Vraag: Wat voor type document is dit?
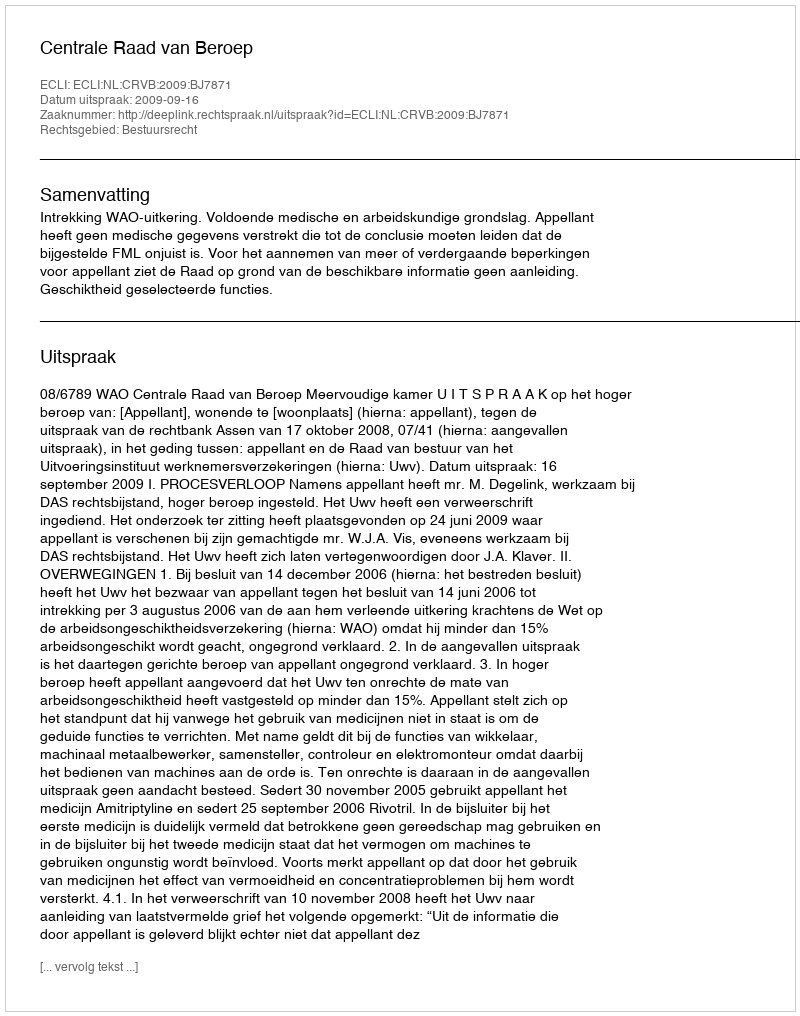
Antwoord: Uitspraak